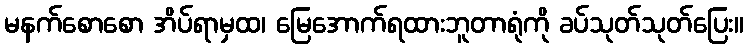
မနက်စောစော အိပ်ရာမှထ၊ မြေအောက်ရထားဘူတာရုံကို ခပ်သုတ်သုတ်ပြေး။